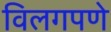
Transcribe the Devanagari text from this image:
विलगपणे